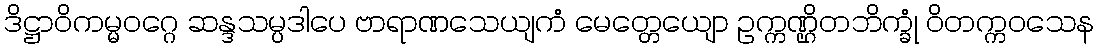
ဒိဋ္ဌာဝိကမ္မဝဂ္ဂေ ဆန္ဒသမ္ပဒါပေ ဗာရာဏသေယျကံ မေတ္တေယျော ဥက္ကဏ္ဌိတဘိက္ခုံ ဝိတက္ကဝသေန